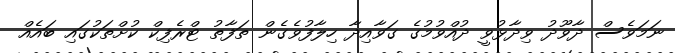
ނަމަވެސް ދާވޫދު ވިދާޅުވީ ދުއްވުމުގެ ގަވާއިދާ ހިލާފުވެގެން ތަފާތު ޓްރެފިކް ކުށްތަކުގައި ބައެއް